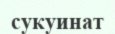
сукуинат